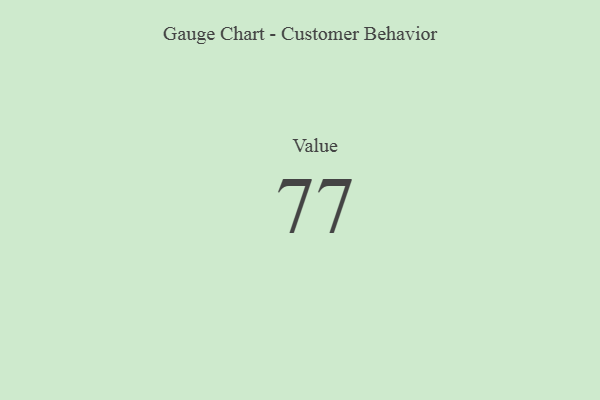
{"axis": {"x": "Metric", "y": "Value"}, "legend": [""], "data": [{"x": "Value", "y": 77, "type": ""}]}